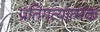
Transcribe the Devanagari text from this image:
प्रतिगत्यात्मक